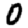
Digit: 0